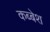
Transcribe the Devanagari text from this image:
कब्बेश